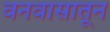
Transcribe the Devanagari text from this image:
वनवासातून